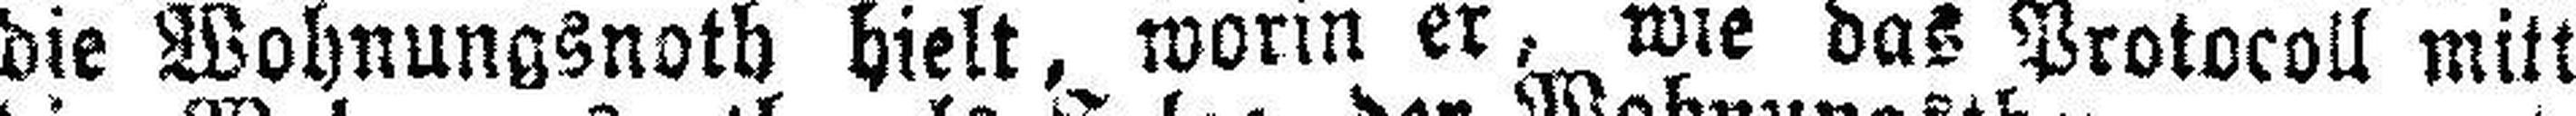
die Wohnungsnoth hielt, worin er, wie das Protocoll mitt heilt,